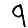
Digit: 9